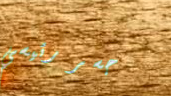
جسر رئيسي